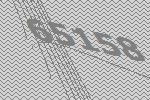
65158